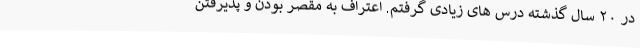
در ۲۰ سال گذشته درس های زیادی گرفتم. اعتراف به مقصر بودن و پذیرفتن